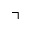
\urcorner